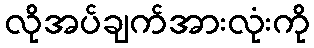
လိုအပ်ချက်အားလုံးကို